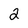
Character: 2